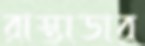
রাস্তাডার